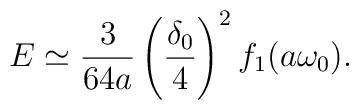
E\simeq\frac{3}{64 a} \left (\frac{\delta_0}{4}\right )^2f_1(a\omega_0).